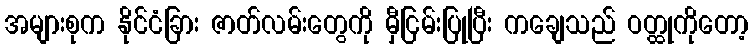
အများစုက နိုင်ငံခြား ဇာတ်လမ်းတွေကို မှီငြမ်းပြုပြီး ကချေသည် ဝတ္ထုကိုတော့